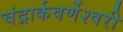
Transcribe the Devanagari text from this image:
चंद्रार्कवर्णेश्वरी